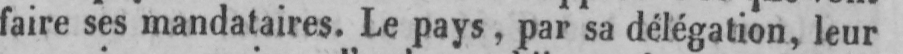
faire ses mandataires. Le pays, par sa délégation, leur